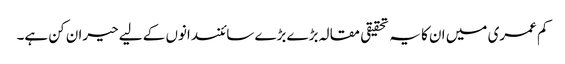
کم عمری میں ان کا یہ تحقیقی مقالہ بڑے بڑے سائنسدانوں کے لیے حیران کن ہے۔